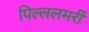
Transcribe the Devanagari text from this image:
पिल्ललमर्री